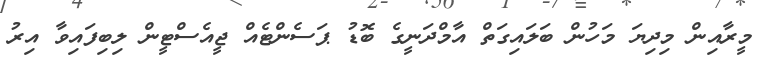
މީރާއިން މިދިޔަ މަހުން ބަލައިގަތް އާމްދަނީގެ ބޮޑު ޕަސެންޓެއް ޖީއެސްޓީން ލިބިފައިވާ އިރު